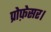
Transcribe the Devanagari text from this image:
प्रोफ़ेसर।